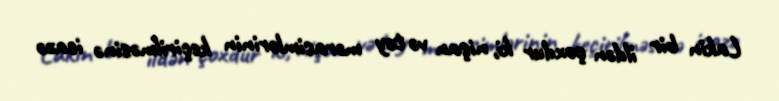
Lakin bir ildən çoxdur ki, nişan və toy mərasimlərinin keçirilməsinə icazə